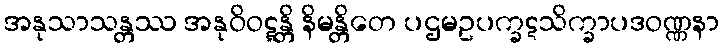
အနုသာသန္တဿ အနုဝိဝဋ္ဋန္တိ နိမန္တိတေ ပဌမဥပက္ခဋသိက္ခာပဒဝဏ္ဏနာ